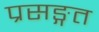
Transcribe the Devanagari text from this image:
प्रसङ्गत